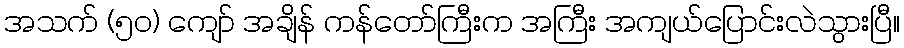
အသက် (၅၀) ကျော် အချိန် ကန်တော်ကြီးက အကြီး အကျယ်ပြောင်းလဲသွားပြီ။